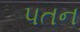
પતન